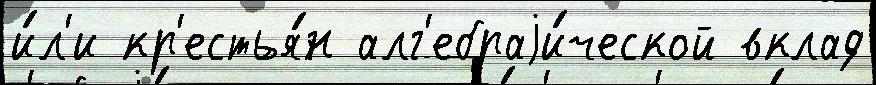
и́л'и кр'естья́н алг'ебраjи́ческой вклад